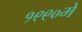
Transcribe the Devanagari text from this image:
१९९०में